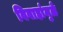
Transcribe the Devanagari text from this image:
विवाहांमुळे